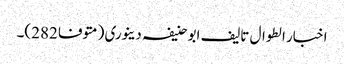
اخبار الطوال تالیف ابو حنیفہ دینوری (متوفا 282)۔